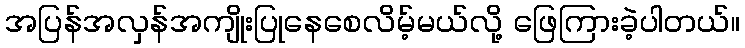
အပြန်အလှန်အကျိုးပြုနေစေလိမ့်မယ်လို့ ဖြေကြားခဲ့ပါတယ်။